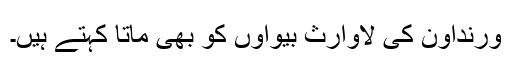
ورنداون کی لاوارث بیواوں کو بھی ماتا کہتے ہیں۔